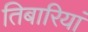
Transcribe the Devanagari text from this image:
तिबारियां